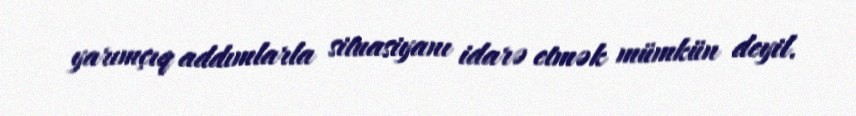
yarımçıq addımlarla situasiyanı idarə etmək mümkün deyil.